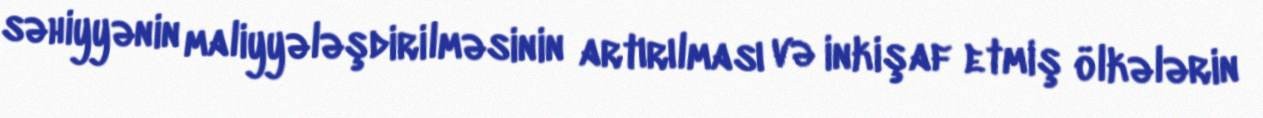
səhiyyənin maliyyələşdirilməsinin artırılması və inkişaf etmiş ölkələrin